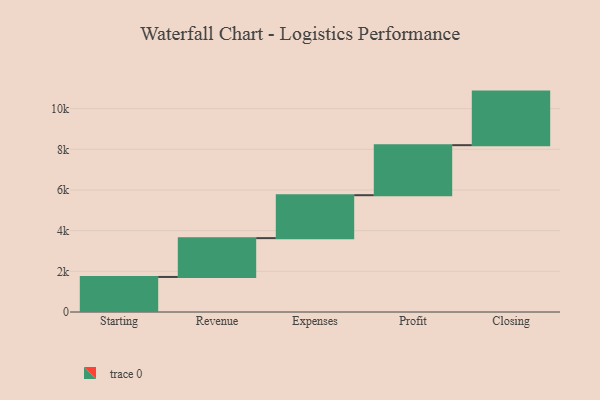
{"axis": {"x": "Step", "y": "Value"}, "legend": [""], "data": [{"x": "Starting", "y": 1723.0, "type": ""}, {"x": "Revenue", "y": 1909.0, "type": ""}, {"x": "Expenses", "y": 2111.0, "type": ""}, {"x": "Profit", "y": 2460.0, "type": ""}, {"x": "Closing", "y": 2634.0, "type": ""}]}